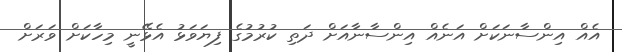
އެއް އިންސާނަކަށް އަނެއް އިންސާނާއަށް ދަތި ކުރުމުގެ ފިޔަވަޅު އެޅޭނީ މިހާކަށް ވަރަށް